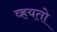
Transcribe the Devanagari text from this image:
व्हयतो